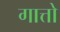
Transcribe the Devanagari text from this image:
गात्तो